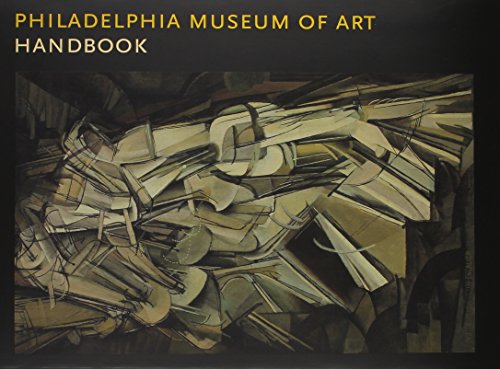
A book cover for Philadelphia Museum of Art: Handbook of the Collections; Travel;